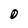
Character: D